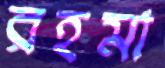
রহমা